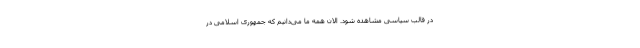
در قالب سیاسی مشاهده شود. الان همه ما می‌دانیم که جمهوری اسلامی در